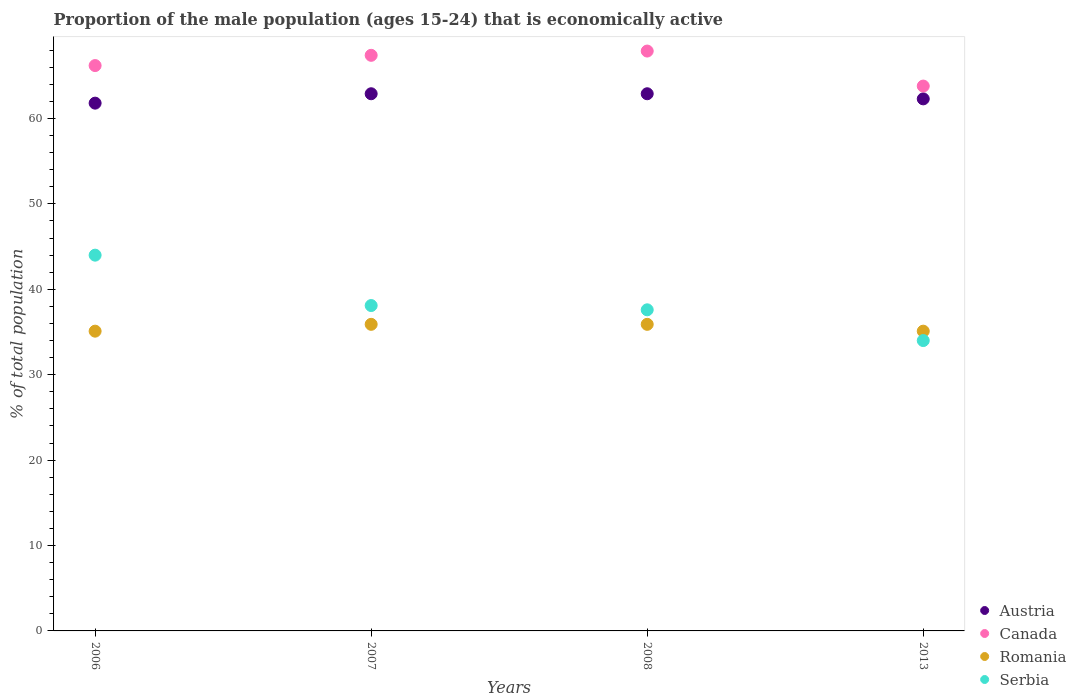
| Years | Austria | Canada | Romania | Serbia |
 | --- | --- | --- | --- | --- |
 | 2006 | 61.8 | 66.2 | 35.1 | 44 |
 | 2007 | 62.9 | 67.4 | 35.9 | 38.1 |
 | 2008 | 62.9 | 67.9 | 35.9 | 37.6 |
 | 2013 | 62.3 | 63.8 | 35.1 | 34 |